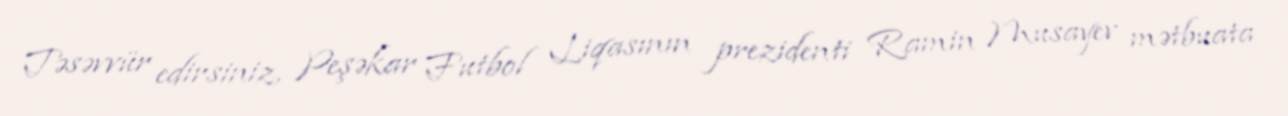
Təsəvvür edirsiniz, Peşəkar Futbol Liqasının prezidenti Ramin Musayev mətbuata